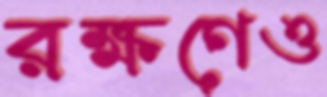
রক্ষণেও